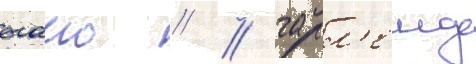
огаио // / гарл'енд